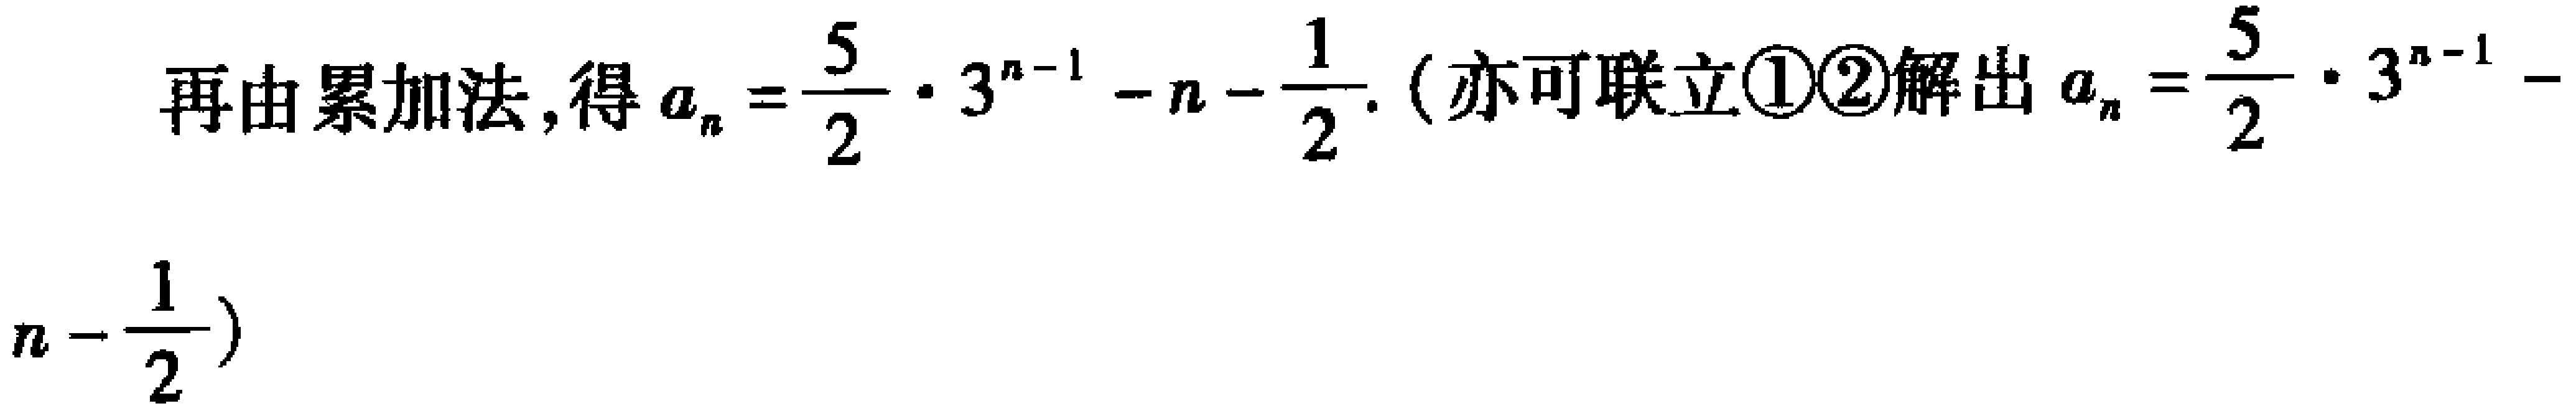
再由累加法,得\(a_{n}=\frac{5}{2}\cdot 3^{n - 1}-n-\frac{1}{2}\). (亦可联立\textcircled{1}\textcircled{2}解出\(a_{n}=\frac{5}{2}\cdot 3^{n - 1}-n-\frac{1}{2}\))